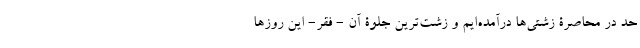
حد در محاصرۀ زشتی‌ها درآمده‌ایم و زشت‌ترین جلوۀ آن - فقر- این روزها